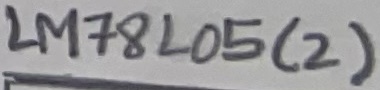
Text: LM7805(2)